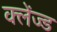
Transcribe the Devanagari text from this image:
क्लेंज्ड